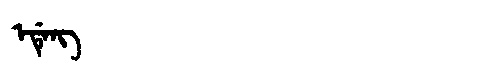
Manchu: ᡝᡩᡝᠩ
Romanization: EDENG